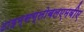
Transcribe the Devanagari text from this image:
टाइम्सग्लोबलएमबीए